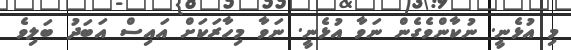
މި އުޅެނީ. ނުކާންވެގެން ނަވާ އުޅެނީ. ނަވާ މިހާރަކަށް އައިސް އަބަދު ބަލިވެ